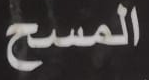
المسح